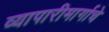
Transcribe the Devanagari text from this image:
व्यापारीमार्गाचे